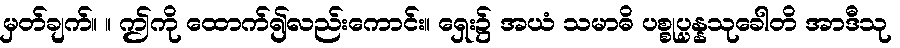
မှတ်ချက်။ ။ ဤကို ထောက်၍လည်းကောင်း။ ရှေး၌ အယံ သမာဓိ ပစ္စုပ္ပန္နသုခေါတိ အာဒီသု